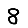
Digit: 8